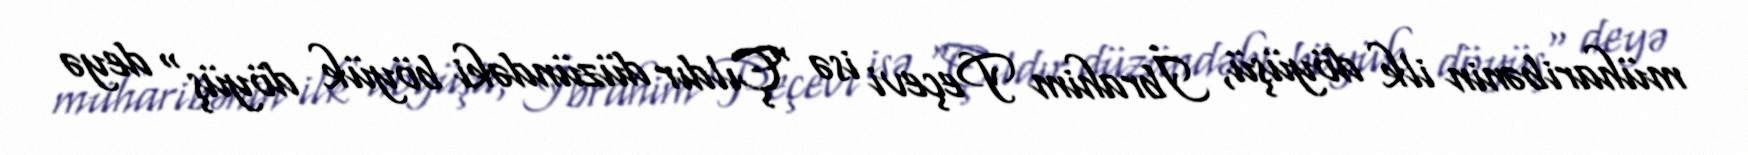
müharibənin ilk döyüşü, İbrahim Peçevi isə "Çıldır düzündəki böyük döyüş" deyə